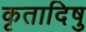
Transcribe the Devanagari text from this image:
कृतादिषु